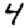
Digit: 4